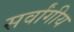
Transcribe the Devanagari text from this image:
सर्वांगीय